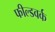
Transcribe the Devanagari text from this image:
फील्डवर्क